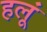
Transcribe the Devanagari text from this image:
हलूं